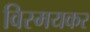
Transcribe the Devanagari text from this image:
विस्मयकर